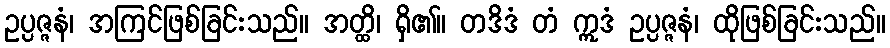
ဥပ္ပဇ္ဇနံ၊ အကြင်ဖြစ်ခြင်းသည်။ အတ္ထိ၊ ရှိ၏။ တဒိဒံ တံ ဣဒံ ဥပ္ပဇ္ဇနံ၊ ထိုဖြစ်ခြင်းသည်။